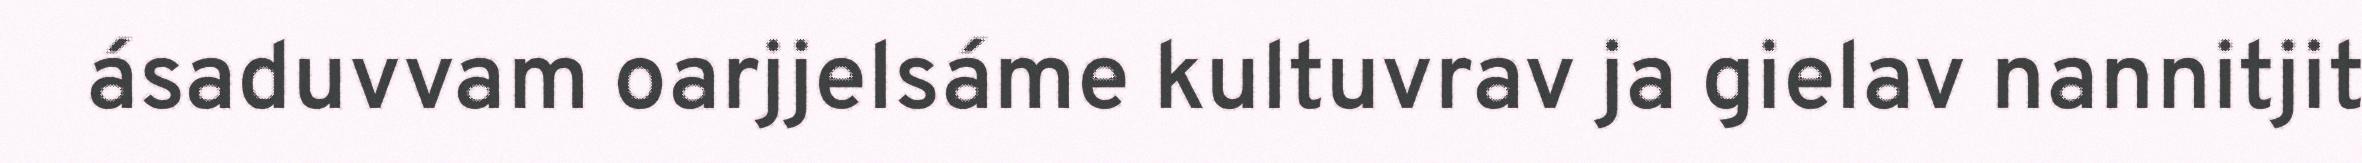
ásaduvvam oarjjelsáme kultuvrav ja gielav nannitjit